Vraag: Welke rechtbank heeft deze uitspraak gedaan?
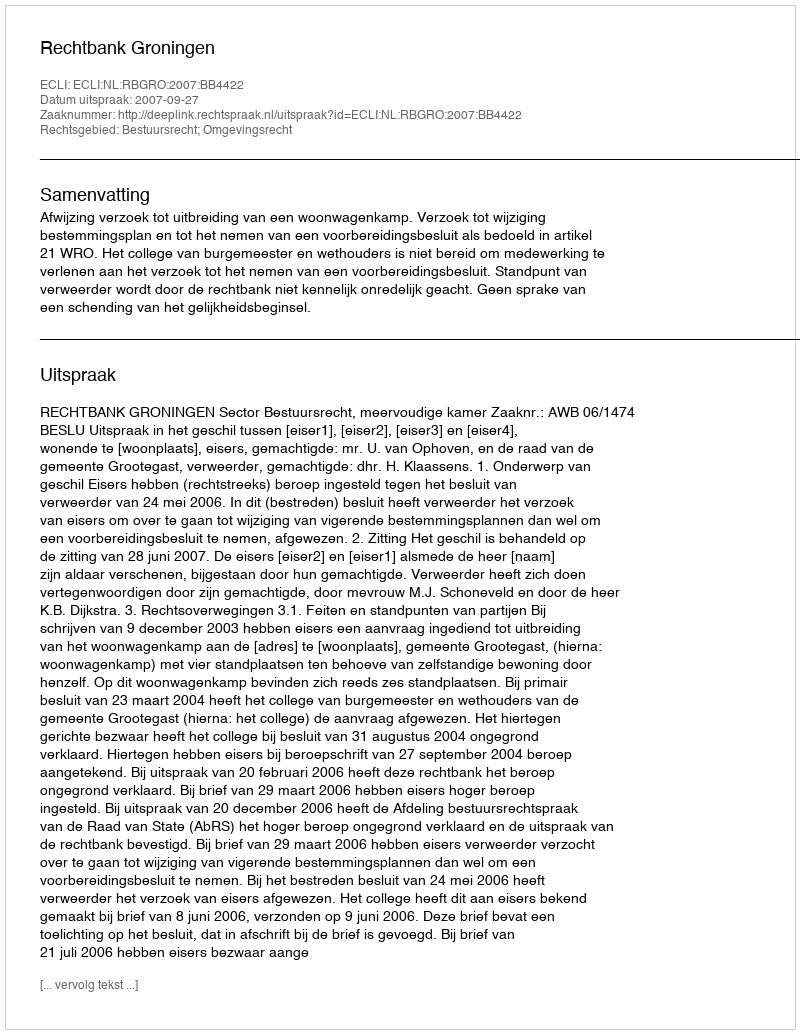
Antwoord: Rechtbank Groningen